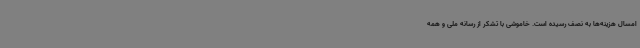
امسال هزینه‌ها به نصف رسیده است. خاموشی با تشکر از رسانه ملی و همه